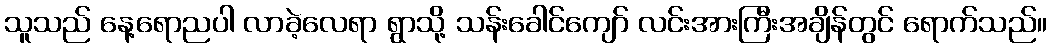
သူသည် နေ့ရောညပါ လာခဲ့လေရာ ရွာသို့ သန်းခေါင်ကျော် လင်းအားကြီးအချိန်တွင် ရောက်သည်။